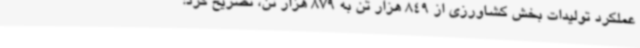
عملکرد تولیدات بخش کشاورزی از 849 هزار تن به 879 هزار تن، تصریح کرد: